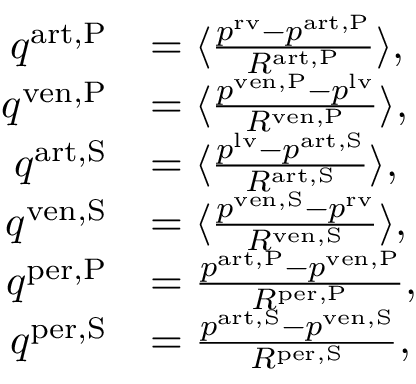
\begin{array} { r l } { q ^ { \mathrm { a r t , P } } } & { = \langle \frac { p ^ { \mathrm { r v } } - p ^ { \mathrm { a r t , P } } } { R ^ { \mathrm { a r t , P } } } \rangle , } \\ { q ^ { \mathrm { v e n , P } } } & { = \langle \frac { p ^ { \mathrm { v e n , P } } - p ^ { \mathrm { l v } } } { R ^ { \mathrm { v e n , P } } } \rangle , } \\ { q ^ { \mathrm { a r t , S } } } & { = \langle \frac { p ^ { \mathrm { l v } } - p ^ { \mathrm { a r t , S } } } { R ^ { \mathrm { a r t , S } } } \rangle , } \\ { q ^ { \mathrm { v e n , S } } } & { = \langle \frac { p ^ { \mathrm { v e n , S } } - p ^ { \mathrm { r v } } } { R ^ { \mathrm { v e n , S } } } \rangle , } \\ { q ^ { \mathrm { p e r , P } } } & { = \frac { p ^ { \mathrm { a r t , P } } - p ^ { \mathrm { v e n , P } } } { R ^ { \mathrm { p e r , P } } } , } \\ { q ^ { \mathrm { p e r , S } } } & { = \frac { p ^ { \mathrm { a r t , S } } - p ^ { \mathrm { v e n , S } } } { R ^ { \mathrm { p e r , S } } } , } \end{array}